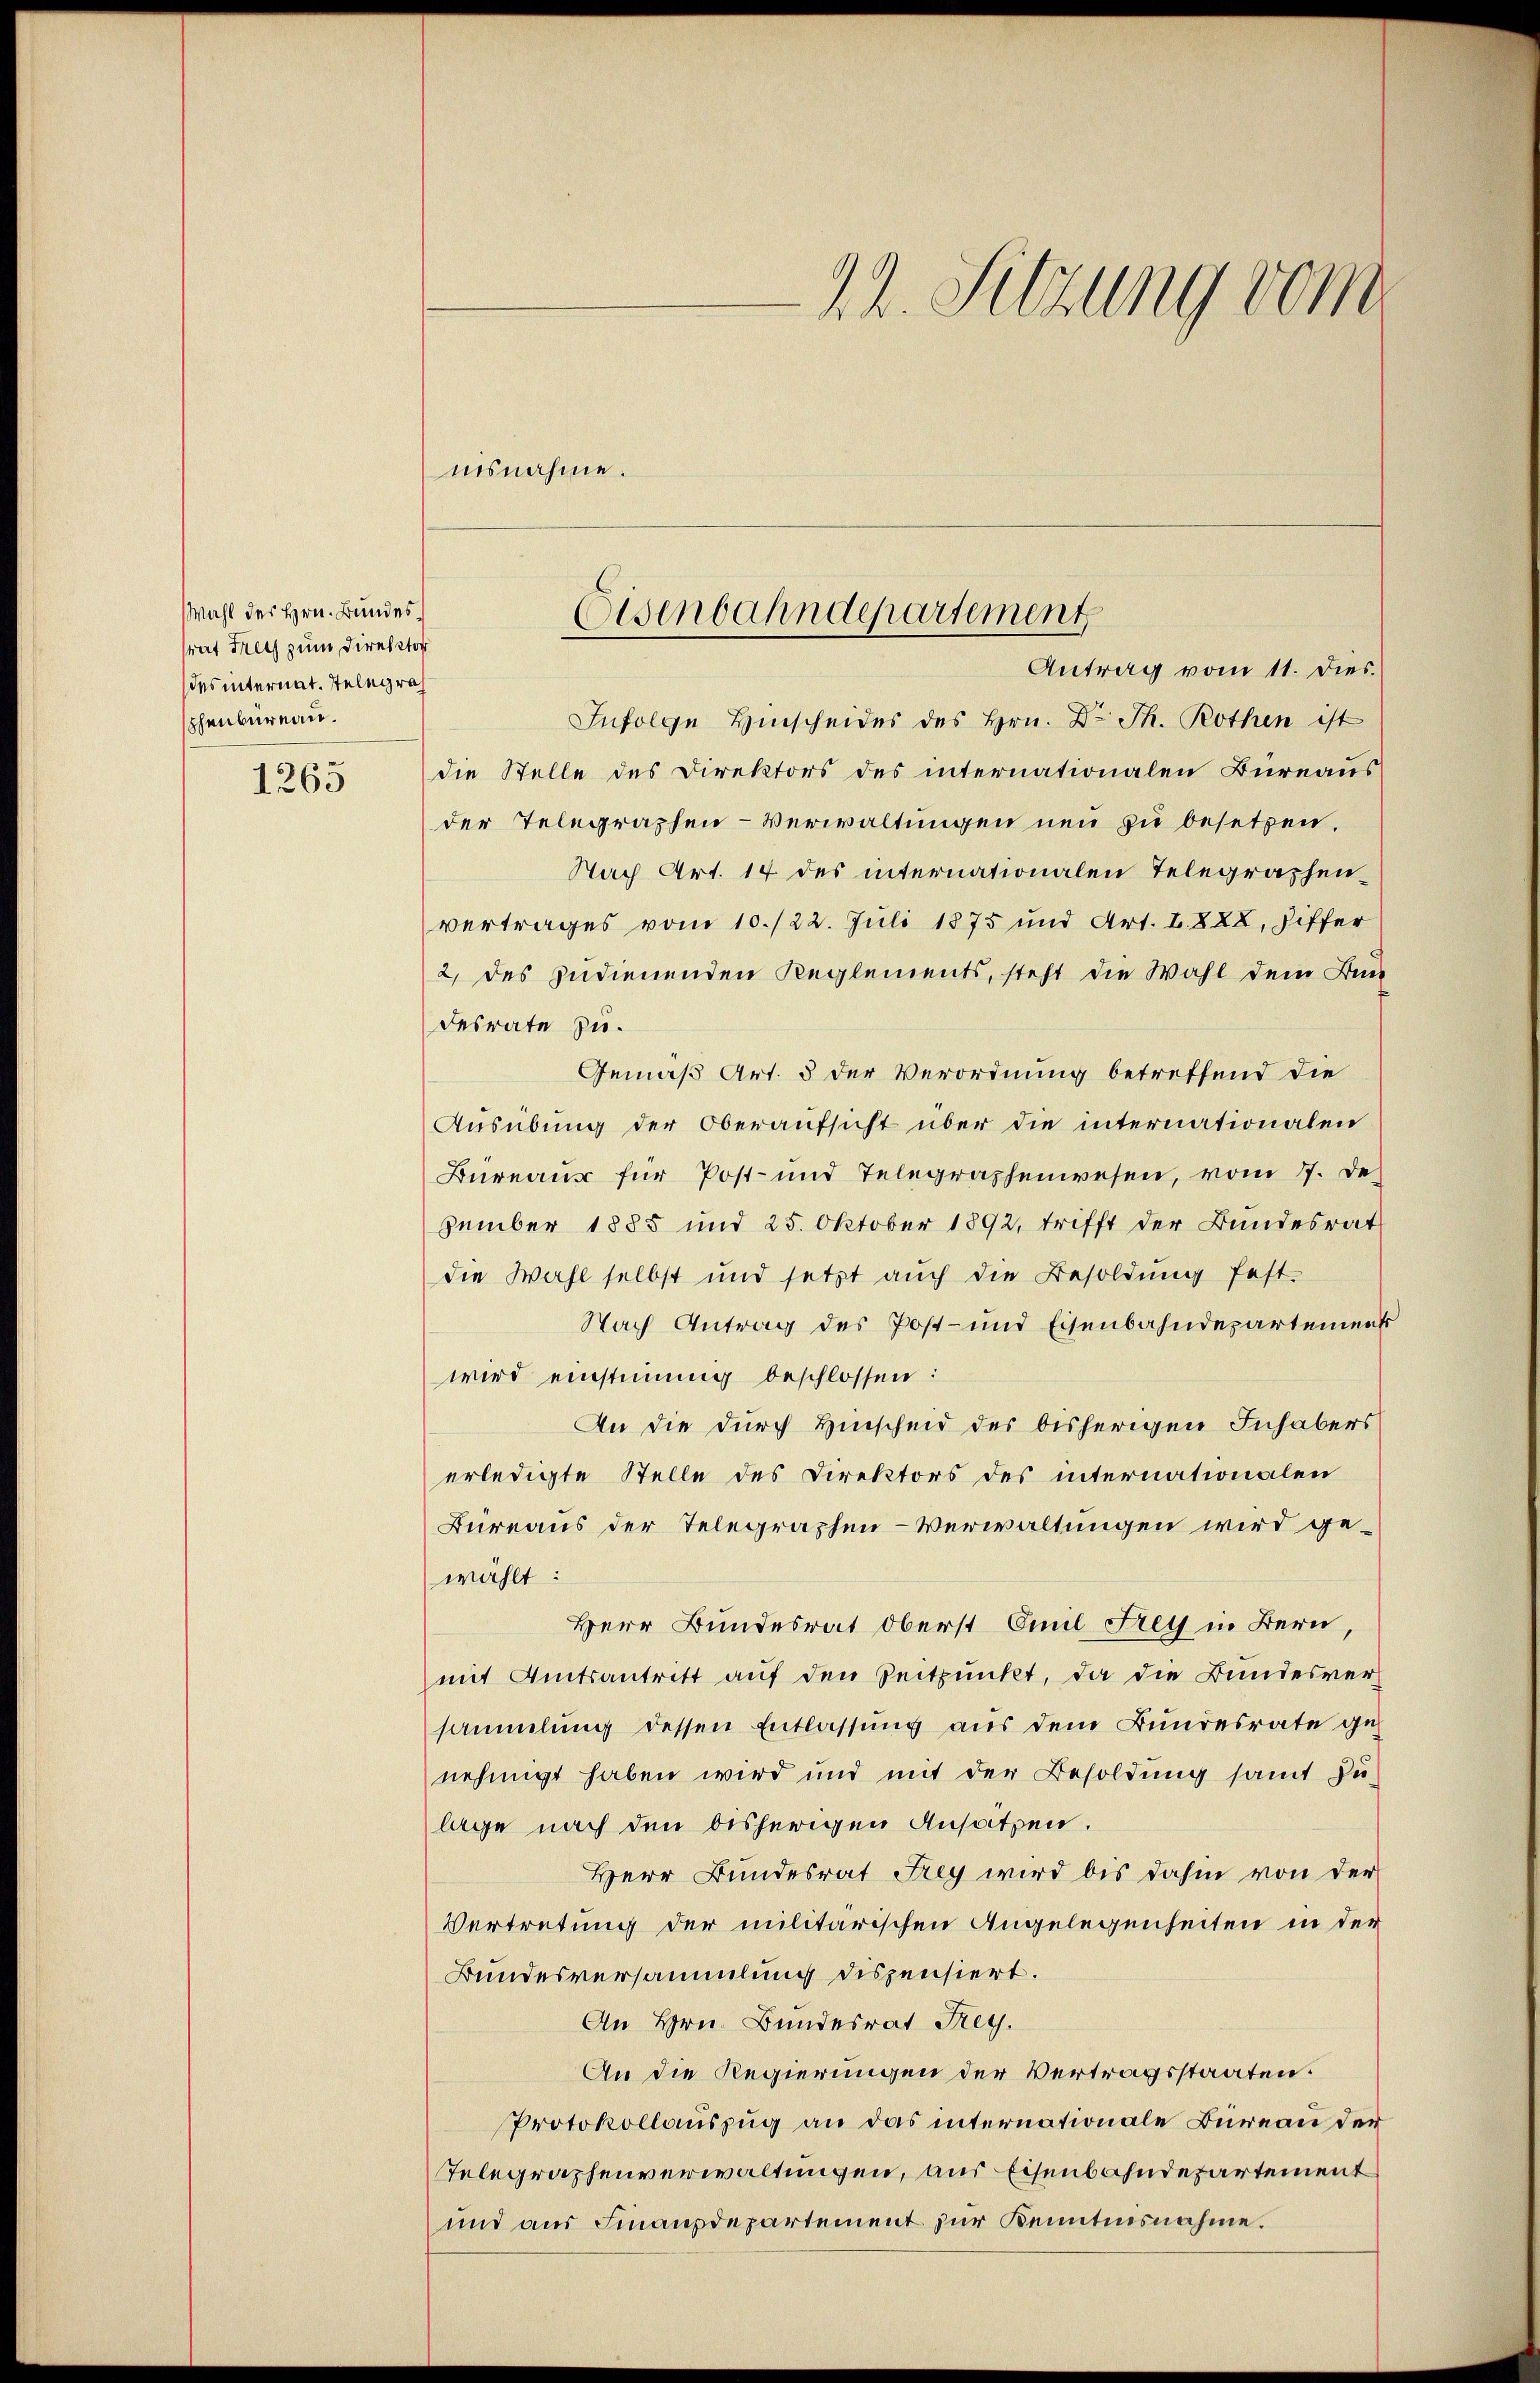
Wahl des Hrn. Bundesrat Frey zum Direktor
des internat. Telegra
phenbureau.

1263

22. Sitzung vom

nisnahme.
Infolge Hinscheides des Hrn. Dr. Th. Rothen ist
die Stelle des Direktors des internationalen Büreaus
der Telegraphen-Verwaltungen neu zu besetzen.
Nach Art. 14 des internationalen Telegraphen-
vertrages vom 10./22. Juli 1875 und Art. I. 822, Ziffer
2, des gedienenden Reglements, steht die Wahl dem Bun
desrate zu.
Gemäß Art. 5 der Verordnung betreffend die
Ausübung der Oberaufsicht über die internationalen
Bureaus für Post- und Telegraphenwesen, vom 17. De
zember 1885 und 25. Oktober 1892, trifft der Bundesrat
die Wahl selbst und setzt aŭch die Besoldŭng fest-
Nach Antrag des Post- und Eisenbahndepartements
wird einstimmig beschlossen:
An die durch Hinscheid des bisherigen Inhabers
erledigte Stelle des Direktors des internationalen
Büreaus der Telegraphen-Verwaltungen wird gewählt:
Herr Bundesrat oberst Emil Frey in Bern,
mit Amtsantritt auf den Zeitpunkt, da die Bundesversammlung dessen Entlassung aus dem Bundesrate genehmigt haben wird und mit der Besoldung samt zu-
lage nach den bisherigen Ansatzen.
Herr Bundesrat Frey wird bis dahin von der
Vertretung der militärischen Angelegenheiten in der
Bundesversammlung dispensiert.
An Hrn. Bundesrat Frey.
An die Regierungen der Vertragsstaaten.
Protokollauszug an das internationale Bureau der
Telegraphenverwaltungen, aus Eisenbahndepartement
und aus Finanzdepartement zur Kenntnisnahme.

Eisenbahndepartement
Antrag vom 11. Dies